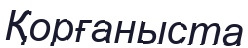
Қорғаныста